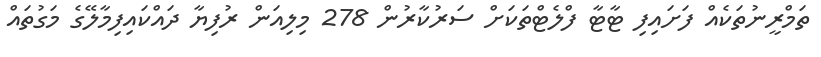
ތަމްރީނުތަކެއް ފަށައިފި ޓާޓާ ފްލެޓްތަކަށް ސަރުކާރުން 278 މިލިއަން ރުފިޔާ ދައްކައިފިމާލޭގެ މަގުތައް